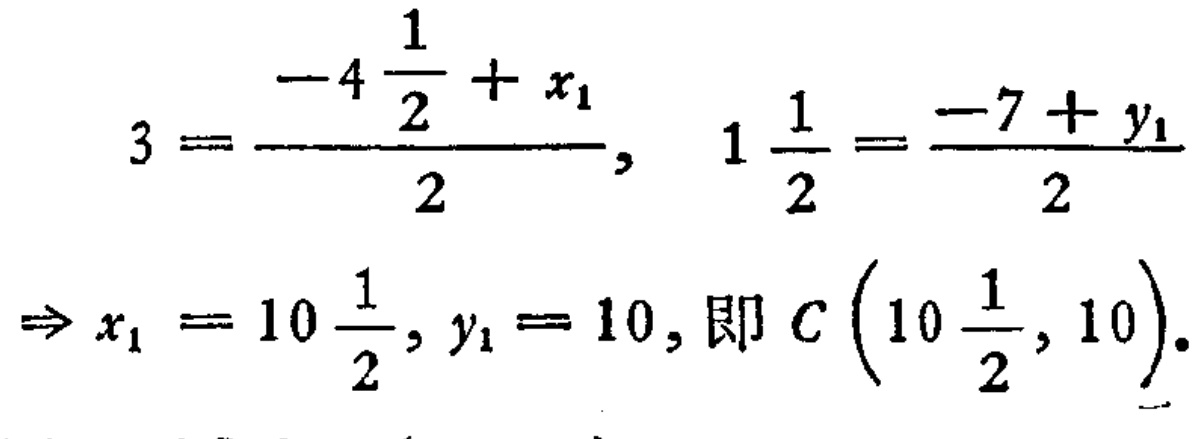
\[
\begin{align*}
3&=\frac{-4\frac{1}{2}+x_1}{2},&1\frac{1}{2}&=\frac{-7 + y_1}{2}\\
\Rightarrow x_1&=10\frac{1}{2}, y_1&=10, \text{即} C\left(10\frac{1}{2},10\right).
\end{align*}
\]